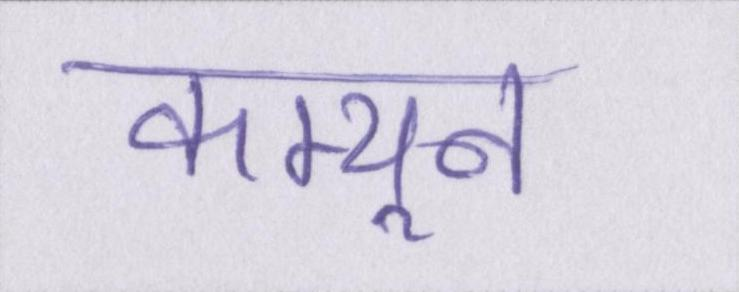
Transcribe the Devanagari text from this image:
कम्यून